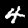
Label: 4